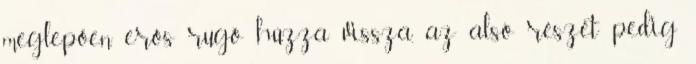
meglepően erős rugó húzza vissza, az alsó részét pedig